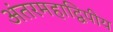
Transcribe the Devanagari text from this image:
अंतरमहाद्विपीय